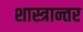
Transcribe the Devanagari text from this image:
शास्त्रान्तर